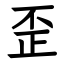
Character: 歪